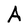
Character: A